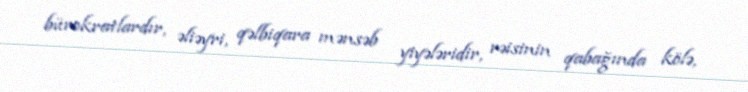
bürokratlardır, əliəyri, qəlbiqara mənsəb yiyələridir, rəisinin qabağında kölə,